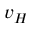
v _ { H }